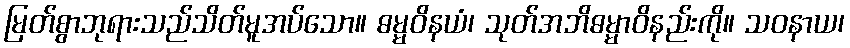
မြတ်စွာဘုရားသည်သိတ်မူအပ်သော။ ဓမ္မဝိနယံ၊ သုတ်အဘိဓမ္မာဝိနည်းကို။ သဝနာယ၊